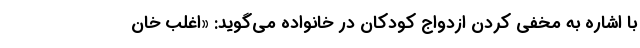
با اشاره به مخفی کردن ازدواج کودکان در خانواده می‌گوید: «اغلب خان